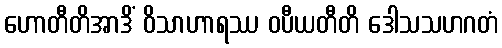
ဟောတီတိအာဒိံ ဝိသာဟာရဿ ဝပီယတီတိ ဒေါသသဟဂတံ